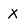
Character: X